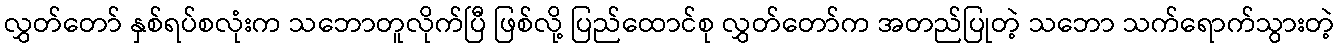
လွှတ်တော် နှစ်ရပ်စလုံးက သဘောတူလိုက်ပြီ ဖြစ်လို့ ပြည်ထောင်စု လွှတ်တော်က အတည်ပြုတဲ့ သဘော သက်ရောက်သွားတဲ့